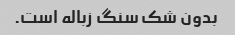
بدون شک سنگ زباله است.